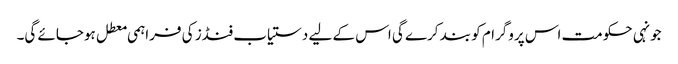
جونہی حکومت اس پروگرام کو بند کرے گی اس کے لیے دستیاب فنڈز کی فراہمی معطل ہوجائے گی۔